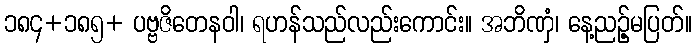
၁၈၄+၁၈၅+ ပဗ္ဗဇိတေနဝါ၊ ရဟန်သည်လည်းကောင်း။ အဘိဏှံ၊ နေ့ညဉ့်မပြတ်။